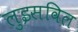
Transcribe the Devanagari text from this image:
लुइसविल